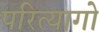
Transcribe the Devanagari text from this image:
परित्यागो